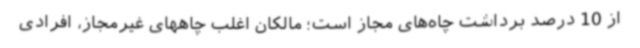
از 10 درصد برداشت چاه‌های مجاز است؛ مالکان اغلب چاههای غیرمجاز، افرادی